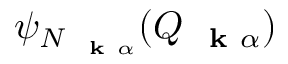
\psi _ { N _ { \mathrm { ~ \bf ~ k ~ } \alpha } } ( Q _ { \mathrm { ~ \bf ~ k ~ } \alpha } )